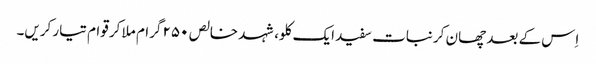
اِس کے بعد چھان کر نبات سفید ایک کلو، شہد خالص ۲۵۰ گرام ملا کر قوام تیار کریں۔